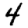
Digit: 4